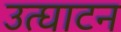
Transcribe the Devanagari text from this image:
उत्घाटन